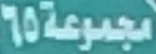
مجموعة65